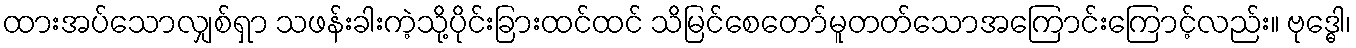
ထားအပ်သောလျှစ်ရှာ သဖန်းခါးကဲ့သို့ပိုင်းခြားထင်ထင် သိမြင်စေတော်မူတတ်သောအကြောင်းကြောင့်လည်း။ ဗုဒ္ဓေါ၊